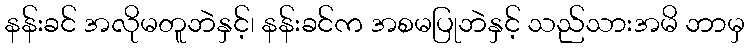
နန်းခင် အလိုမတူဘဲနှင့်၊ နန်းခင်က အစမပြုဘဲနှင့် သည်သားအမိ ဘာမှ